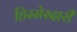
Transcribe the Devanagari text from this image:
हिस्सेस्दारी